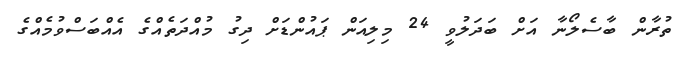
ތުރާން ބާސެލޯނާ އަށް ބަދަލުވީ 24 މިލިއަން ޕައުންޑަށް ދިގު މުއްދަތެއްގެ އެއްބަސްވުމެއްގެ